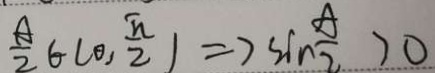
\frac { A } { 2 } \in ( 0 , \frac { \pi } { 2 } ) \Rightarrow \sin \frac { A } { 2 } > 0